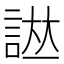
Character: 𧨌